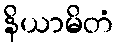
နိယာမိတံ